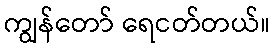
ကျွန်တော် ရေငတ်တယ်။